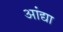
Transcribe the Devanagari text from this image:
आंद्या